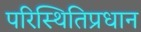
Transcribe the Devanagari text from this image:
परिस्थितिप्रधान